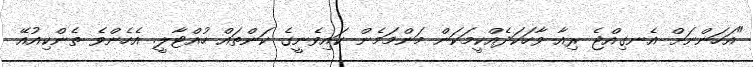
"އަހަންނަށް އެނގިއްޖެ ރިއާ ވާހަކަދެއްކީމަކަން މަންމަމެން ކައިވެނީގެ ކަންތައް ހުއްޓާލީ. އެހެންވެ ތެންކިއުއޭ